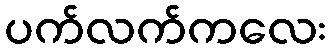
ပက်လက်ကလေး